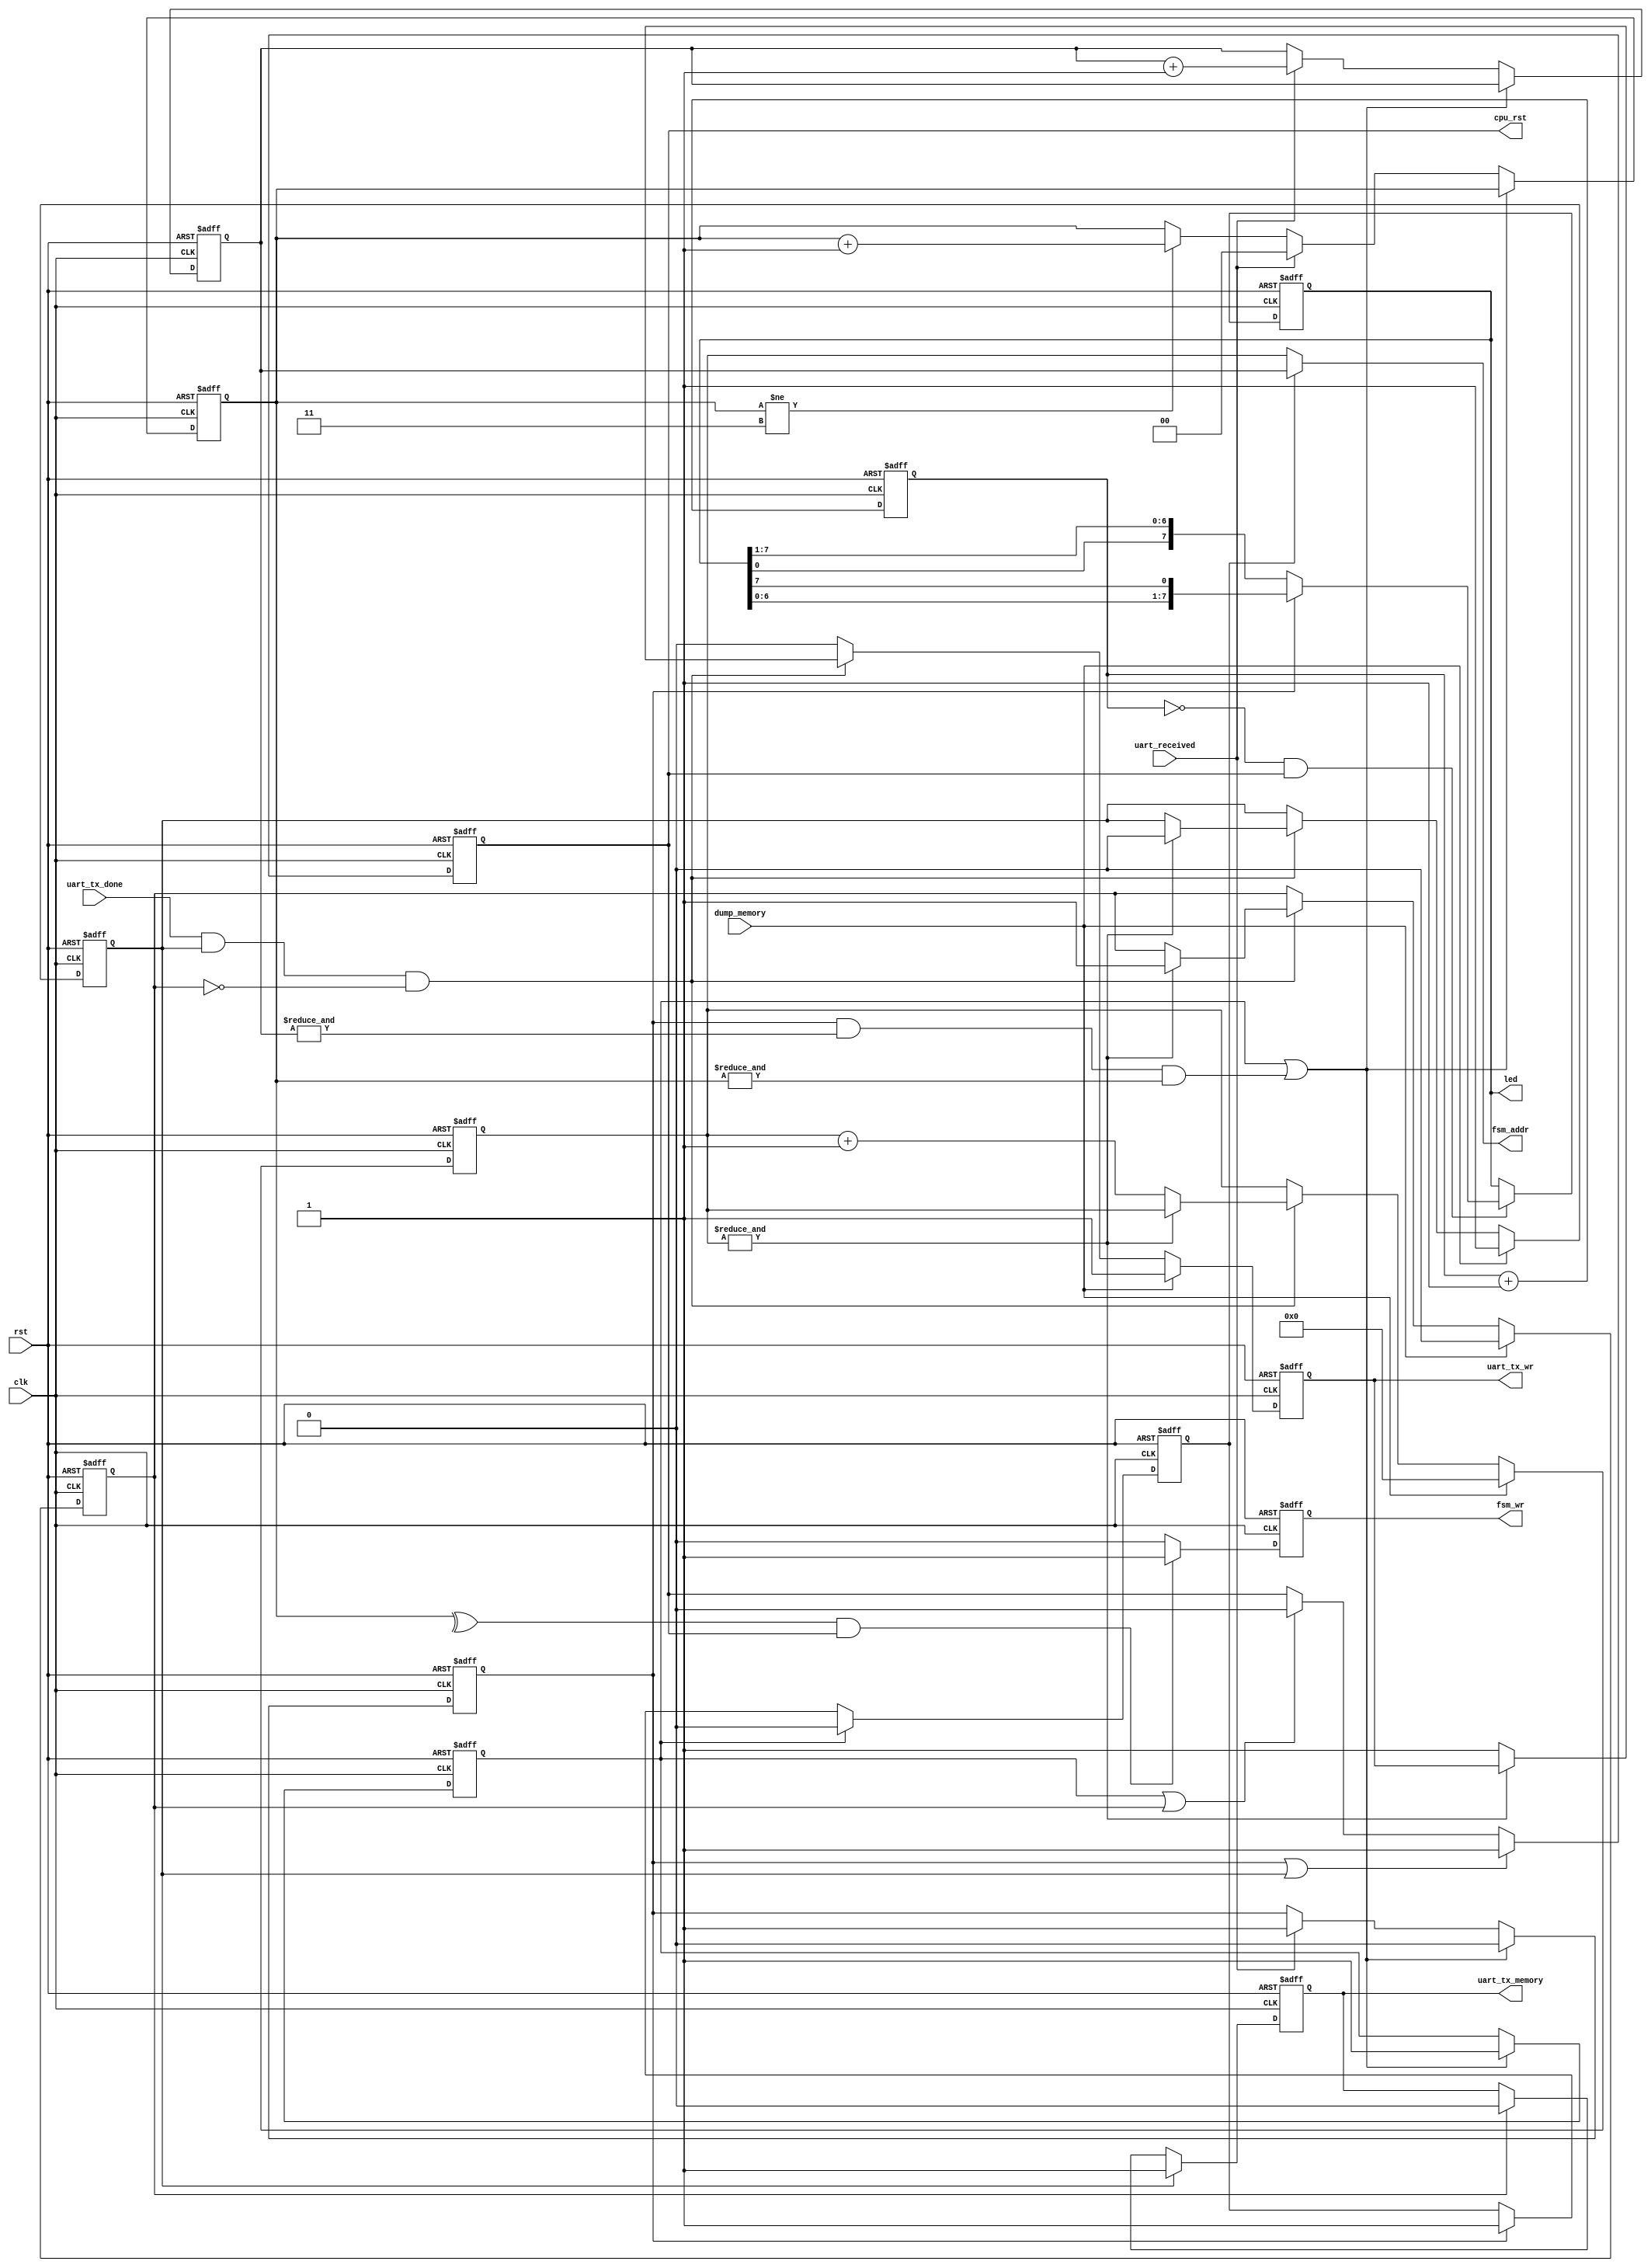
/*
  
   Multicore 2 / Multicore 2+
  
   Copyright (c) 2017-2020 - Victor Trucco

  
   All rights reserved
  
   Redistribution and use in source and synthezised forms, with or without
   modification, are permitted provided that the following conditions are met:
  
   Redistributions of source code must retain the above copyright notice,
   this list of conditions and the following disclaimer.
  
   Redistributions in synthesized form must reproduce the above copyright
   notice, this list of conditions and the following disclaimer in the
   documentation and/or other materials provided with the distribution.
  
   Neither the name of the author nor the names of other contributors may
   be used to endorse or promote products derived from this software without
   specific prior written permission.
  
   THIS CODE IS PROVIDED BY THE COPYRIGHT HOLDERS AND CONTRIBUTORS "AS IS"
   AND ANY EXPRESS OR IMPLIED WARRANTIES, INCLUDING, BUT NOT LIMITED TO,
   THE IMPLIED WARRANTIES OF MERCHANTABILITY AND FITNESS FOR A PARTICULAR
   PURPOSE ARE DISCLAIMED. IN NO EVENT SHALL THE AUTHOR OR CONTRIBUTORS BE
   LIABLE FOR ANY DIRECT, INDIRECT, INCIDENTAL, SPECIAL, EXEMPLARY, OR
   CONSEQUENTIAL DAMAGES (INCLUDING, BUT NOT LIMITED TO, PROCUREMENT OF
   SUBSTITUTE GOODS OR SERVICES; LOSS OF USE, DATA, OR PROFITS; OR BUSINESS
   INTERRUPTION) HOWEVER CAUSED AND ON ANY THEORY OF LIABILITY, WHETHER IN
   CONTRACT, STRICT LIABILITY, OR TORT (INCLUDING NEGLIGENCE OR OTHERWISE)
   ARISING IN ANY WAY OUT OF THE USE OF THIS SOFTWARE, EVEN IF ADVISED OF THE
   POSSIBILITY OF SUCH DAMAGE.
  
   You are responsible for any legal issues arising from your use of this code.
  
*/`timescale 1ns / 1ps

/* load the 6809 code from PC on start up */

module fsm_control  #(parameter width=10)(
	input                  clk,
	input                  rst,
	input                  dump_memory,
	// cpu control
	output reg             cpu_rst,
	// memory control
	output     [width-1:0] fsm_addr,
	output reg             fsm_wr,
	// UART wires
	input                  uart_received,
	input                  uart_tx_done,
	output reg             uart_tx_wr,
	output reg             uart_tx_memory,
	// LED information
	output reg [7:0]       led
);	

reg [      1:0]  rst_cnt; // this is used to delay the memory writing by one clock, and make it last for two clocks.
reg              prog_done,
                 prog_start,
                 dump_start,
                 dump_done,
								 addr_sel;

reg [width-1:0]  fsm_wr_addr,
                 fsm_rd_addr;
								
always @(negedge clk or posedge rst ) begin : addr_selection
	if( rst )
		addr_sel <= 1'b0;
	else begin
		if( prog_start ) addr_sel <= 1'b1;
		if( prog_done  ) addr_sel <= 1'b0;
	end
end
								
assign fsm_addr = addr_sel ? fsm_wr_addr : fsm_rd_addr;

// release reset on negative edge
always @(negedge clk or posedge rst ) begin : reset_release
	if( rst ) begin
		cpu_rst        <=  1'b1;		
		uart_tx_memory <= 1'b0;
	end
	else begin
		if (prog_done  | dump_done ) cpu_rst <= 1'b0;
		if (prog_start | dump_start) cpu_rst <= 1'b1;
		if ( dump_start ) 
			uart_tx_memory <= 1'b1;
		else if( dump_done ) 
			uart_tx_memory <= 1'b0;
	end
end

always @(posedge clk or posedge rst ) begin : fsm_write
	if( rst ) begin		
		fsm_wr <= 1'b0;
	end
	else begin
		if( ^rst_cnt && cpu_rst )
			fsm_wr <= 1'b1;
		else
			fsm_wr <= 1'b0;
	end
end

reg [23:0] led_cnt;

always @(posedge clk or posedge rst ) begin : led_game
	if( rst ) begin	
		led_cnt <= 23'd0;
		led     <= 1'b1;
	end
	else begin
		led_cnt <= led_cnt + 1'b1;
		if( !led_cnt && cpu_rst )
			if( prog_start ) 
				led <= { led[6:0], led[7] };
			else
				led <= { led[0], led[7:1] };
	end
end


always @(posedge clk or posedge rst ) begin : data_input
	if( rst ) begin		
	`ifdef SIM_SKIPPROG
		fsm_wr_addr     <=  {(width){1'b1}};
		rst_cnt      <=  2'b0;
		prog_done    <=  1'b1;
		prog_start   <=  1'b0;		
	`else
		fsm_wr_addr     <=  {(width){1'b1}};
		rst_cnt      <=  2'b0;
		prog_done    <=  1'b0;
		prog_start   <=  1'b0;		
	`endif
	end
	else begin
			/* writes the incoming data until the memory is full.
				it does not admit reload. it will handle the control
				to the CPU after loading the memory. */						
			if( prog_done || (prog_start && (&fsm_wr_addr)  && (&rst_cnt))  ) begin		
				prog_start <= 1'b0;
				prog_done  <= 1'b1;
			end
			else begin
				if( uart_received ) begin
					fsm_wr_addr   <= fsm_wr_addr + 1'b1;
					rst_cnt    <= 2'b0;
					prog_start <= 1'b1;					
				end
				else if( rst_cnt != 2'b11 ) rst_cnt <= rst_cnt + 1'b1;
			end
	end
end

always @(posedge clk or posedge rst ) begin : data_output
	if( rst ) begin		
		fsm_rd_addr <= {(width){1'b0}};
		dump_start  <= 1'b0;
		dump_done   <= 1'b0;
		uart_tx_wr  <= 1'b0;
	end
	else begin
		if( dump_memory ) begin
			fsm_rd_addr <= {(width){1'b0}};
			dump_start  <= 1'b1;
			dump_done   <= 1'b0;
			uart_tx_wr  <= 1'b1;
		end
		else
		if( uart_tx_done && dump_start && !dump_done ) begin
			if( &fsm_rd_addr ) begin
				dump_start <= 1'b0;
				dump_done  <= 1'b1;
			end
			else begin
				fsm_rd_addr <= fsm_rd_addr + 1'b1;
				uart_tx_wr  <= 1'b1;
			end
		end
		else uart_tx_wr <= 1'b0;		

	end
end	

endmodule